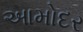
આમોદર